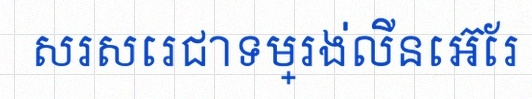
សរសេរជាទម្រង់លីនេអ៊ែរ